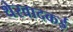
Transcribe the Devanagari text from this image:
थेरवादकई